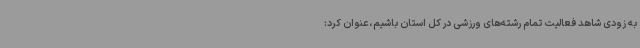
به زودی شاهد فعالیت تمام رشته‌های ورزشی در کل استان باشیم،عنوان کرد: